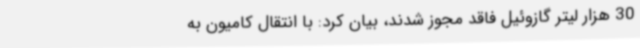
30 هزار لیتر گازوئیل فاقد مجوز شدند، بیان کرد: با انتقال کامیون به